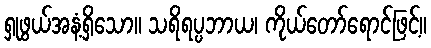
ရှုဖွယ်အနံ့ရှိသော။ သရိရပ္ပဘာယ၊ ကိုယ်တော်ရောင်ဖြင့်။